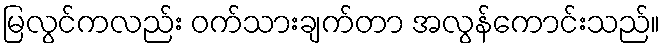
မြလွင်ကလည်း ဝက်သားချက်တာ အလွန်ကောင်းသည်။